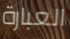
العبارة